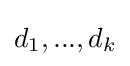
d_{1},...,d_{k}